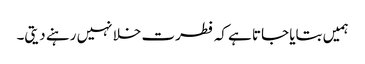
ہمیں بتایا جاتا ہے کہ فطرت خلا نہیں رہنے دیتی۔